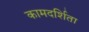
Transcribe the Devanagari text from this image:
कामदर्शिता